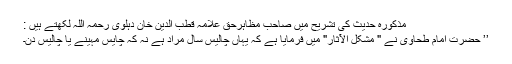
مذکورہ حدیث کی تشریح میں صاحبِ مظاہرحق علامہ قطب الدین خان دہلوی رحمہ اللہ لکھتے ہیں :
’’ حضرت امام طحاوی نے " مشکل الآثار" میں فرمایا ہے کہ یہاں چالیس سال مراد ہے نہ کہ چایس مہینے یا چالیس دن۔